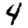
Digit: 4